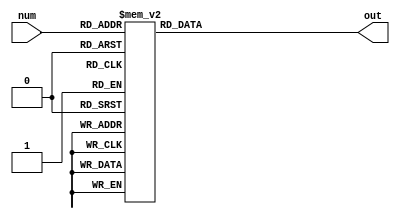
module NumTo7Seg (num,out);//RECIBE UN VALOR BINARIO DE 4 BITS Y LO TRANSFORMA A UN DISPLAY DE 7 SEGMENTOS
    input [3:0] num;
    output reg[6:0] out;
    parameter ZERO='b0000,ONE='b0001,TWO='b0010,THREE='b0011,FOUR='b0100,FIVE='b0101,SIX='b0110,SEVEN='b0111,EIGHT='b1000,NINE='b1001;
    always @(num) begin
        case (num)//7 segmentos = 'b (A B C D E F G)
          ZERO: out='b1111110;
          ONE:  out='b0110000;
          TWO:  out='b1101101;
          THREE:    out='b1111001;
          FOUR: out='b0110011;
          FIVE: out='b1011011;
          SIX:  out='b1011111;
          SEVEN:    out='b1110000;
          EIGHT:    out='b1111111;
          NINE: out='b1110011;  
          default: out = 'b0000000;
        endcase
    end
endmodule